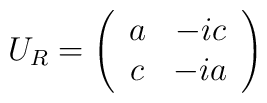
U_R=\left( \begin{array}{cc}a & -ic \\ c & -ia\end{array}\right)